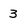
Character: 3